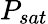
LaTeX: P_{sat}